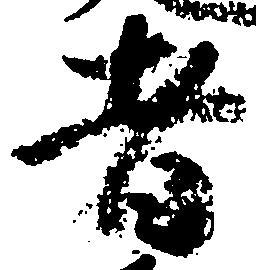
者